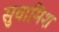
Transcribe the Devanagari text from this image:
सुवामिश